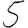
Digit: 5